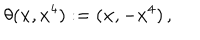
LaTeX: \theta ( { \bf x } , x ^ { 4 } ) : = ( { \bf x } , - x ^ { 4 } ) \, ,